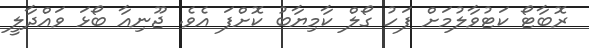
ރޮބާޓޯ ކަޓުވާލުމަށް ފަހު ގޯލް ކާމިޔާބު ކޮށްފަ އެވެ. ޖޫނިއާ ބޯޅަ ވައްދާލީ